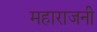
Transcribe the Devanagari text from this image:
महाराजनी